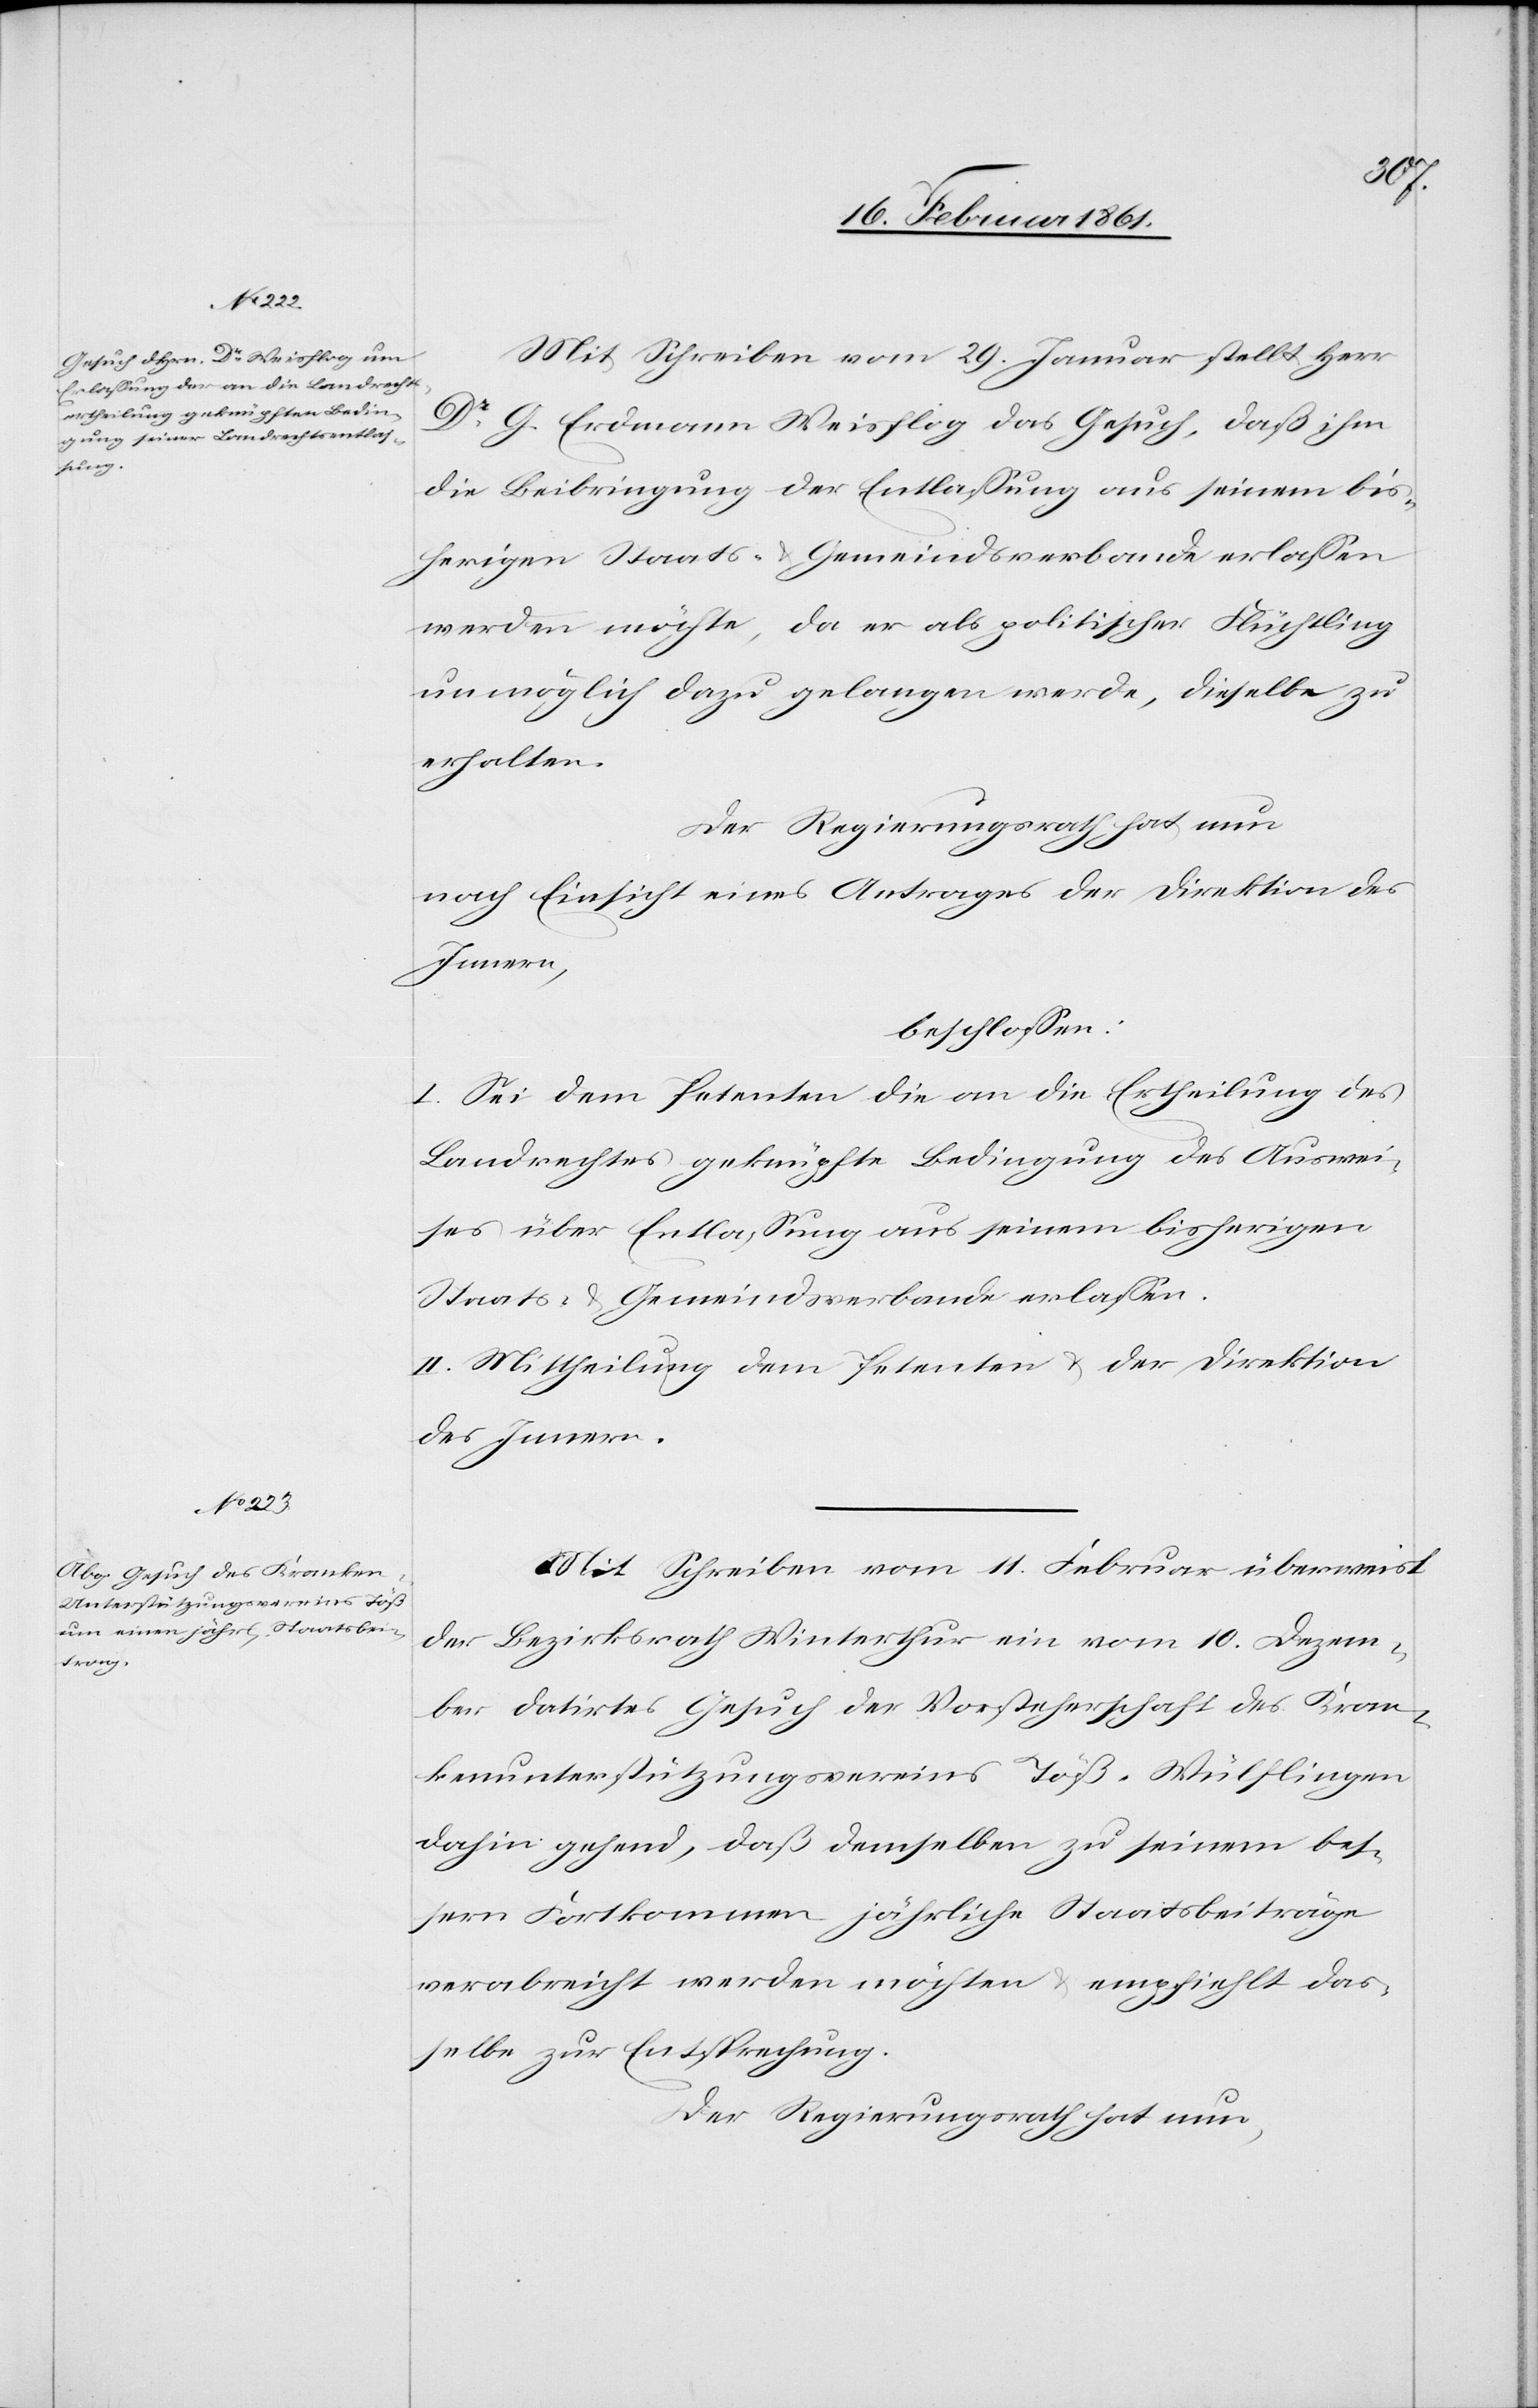
Mit Schreiben vom 29. Januar stellt Herr
Dr G. Erdmann Weisflog das Gesuch, daß ihm
die Beibringung der Entlassung aus seinem bis¬
herigen Staats- u. Gemeindsverbande erlassen
werden möchte, da er als politischer Flüchtling
unmöglich dazu gelangen werde, dieselbe zu
erhalten.
Der Regierungsrath hat nun
nach Einsicht eines Antrages der Direktion des
Innern,
beschlossen:
I. Sei dem Petenten die an die Ertheilung des
Landrechtes geknüpfte Bedingung des Auswei¬
ses über Entlassung aus seinem bisherigen
Staats- u. Gemeindsverbande erlassen.
II. Mittheilung dem Petenten u. der Direktion
des Innern.
Mit Schreiben vom 11. Februar überweist
der Bezirksrath Winterthur ein vom 10. Dezem¬
ber datirtes Gesuch der Vorsteherschaft des Kran¬
kenunterstützungsvereins Töß-Wülflingen
dahin gehend, daß demselben zu seinem bes¬
sern Fortkommen jährliche Staatsbeiträge
verabreicht werden möchten u. empfiehlt das¬
selbe zur Entsprechung.
Der Regierungsrath hat nun,